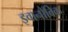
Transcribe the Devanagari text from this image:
इवानोविक